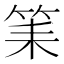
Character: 筙